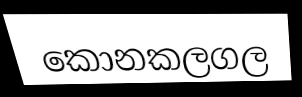
කොනකලගල